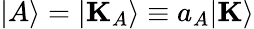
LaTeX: |A\rangle=|\mathbf{K}_{A}\rangle\equiv a_{A}|\mathbf{K}\rangle